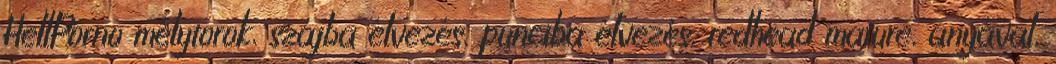
HellPorno mélytorok, szájba élvezés, punciba élvezés, redhead mature, anyával,